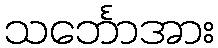
သင်္ဘောအား